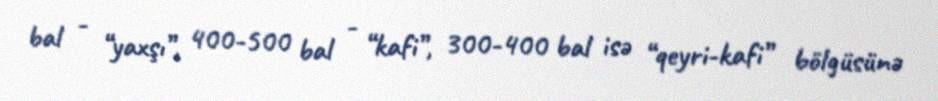
bal - “yaxşı”, 400-500 bal - “kafi”, 300-400 bal isə “qeyri-kafi” bölgüsünə